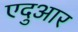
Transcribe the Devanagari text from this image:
एदुआर